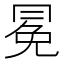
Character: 冕